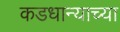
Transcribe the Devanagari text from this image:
कडधान्याच्या